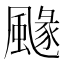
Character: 𩘐